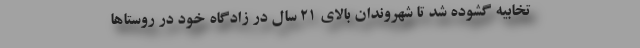
تخابیه گشوده شد تا شهروندان بالای ۲۱ سال در زادگاه خود در روستاها